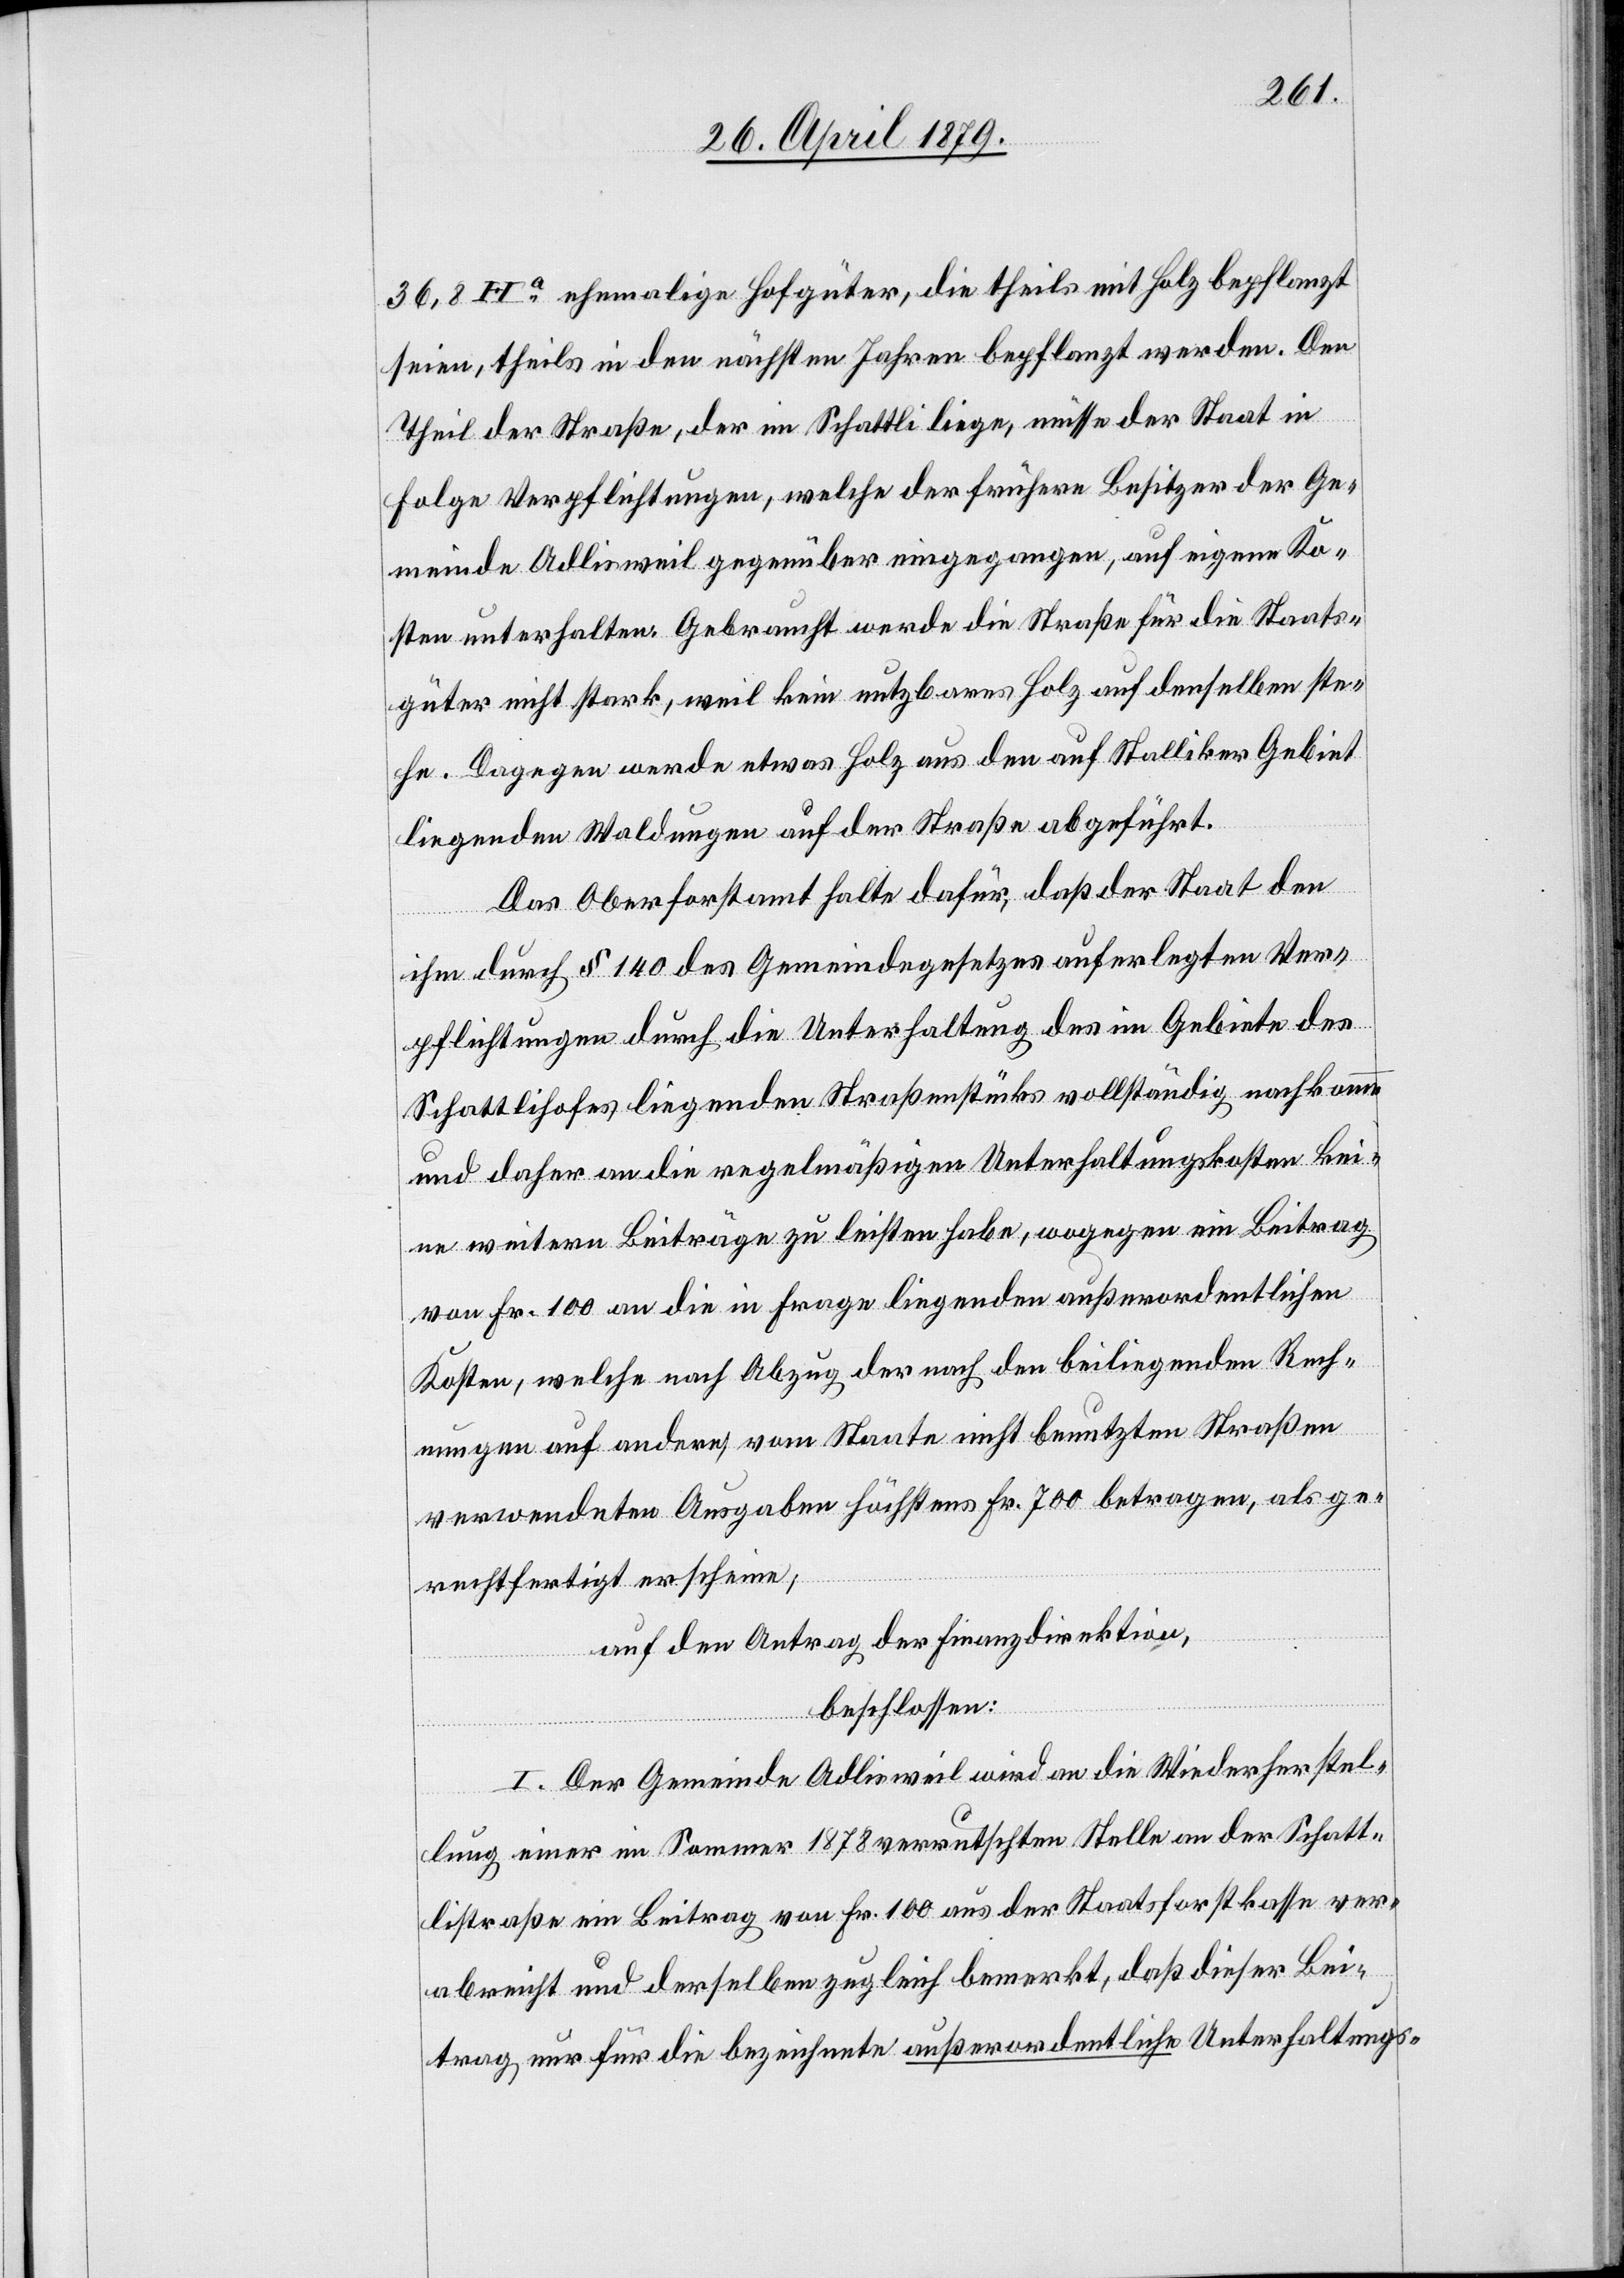
36,8 Ha ehemalige Hofgüter, die theils mit Holz bepflanzt
seien, theils in den nächsten Jahren bepflanzt werden. Den
Theil der Straße, der im Schattli liege, müsse der Staat in
Folge Verpflichtungen, welche der frühere Besitzer der Ge¬
meinde Adlisweil gegenüber eingegangen, auf eigene Ko¬
sten unterhalten. Gebraucht werde die Straße für die Staats¬
güter nicht stark, weil kein nutzbares Holz auf denselben ste¬
he. Dagegen werde etwas Holz aus den auf Stalliker Gebiet
liegenden Waldungen auf der Straße abgeführt.
Das Oberforstamt halte dafür, daß der Staat den
ihm durch § 140 des Gemeindegesetzes auferlegten Ver¬
pflichtungen durch die Unterhaltung des im Gebiete des
Schattlihofes liegenden Straßenstücks vollständig nachkomme
und daher an die regelmäßigen Unterhaltungskosten kei¬
ne weitern Beiträge zu leisten habe, wogegen ein Beitrag
von Fr. 100 an die in Frage liegenden außerordentlichen
Kosten, welche nach Abzug der nach den beiliegenden Rech¬
nungen auf andere, vom Staate nicht benutzten Straßen
verwendeten Ausgaben höchstens Fr. 700 betragen, als ge¬
rechtfertigt erscheine;
auf den Antrag der Finanzdirektion,
beschlossen:
I. Der Gemeinde Adlisweil wird an die Wiederherstel¬
lung einer im Sommer 1878 verrutschten Stelle an der Schatt¬
listraße ein Beitrag von Fr. 100 aus der Staatforstkasse ver¬
abreicht und derselben zugleich bemerkt, daß dieser Bei¬
trag nur für die bezeichnete außerordentliche Unterhaltungs-